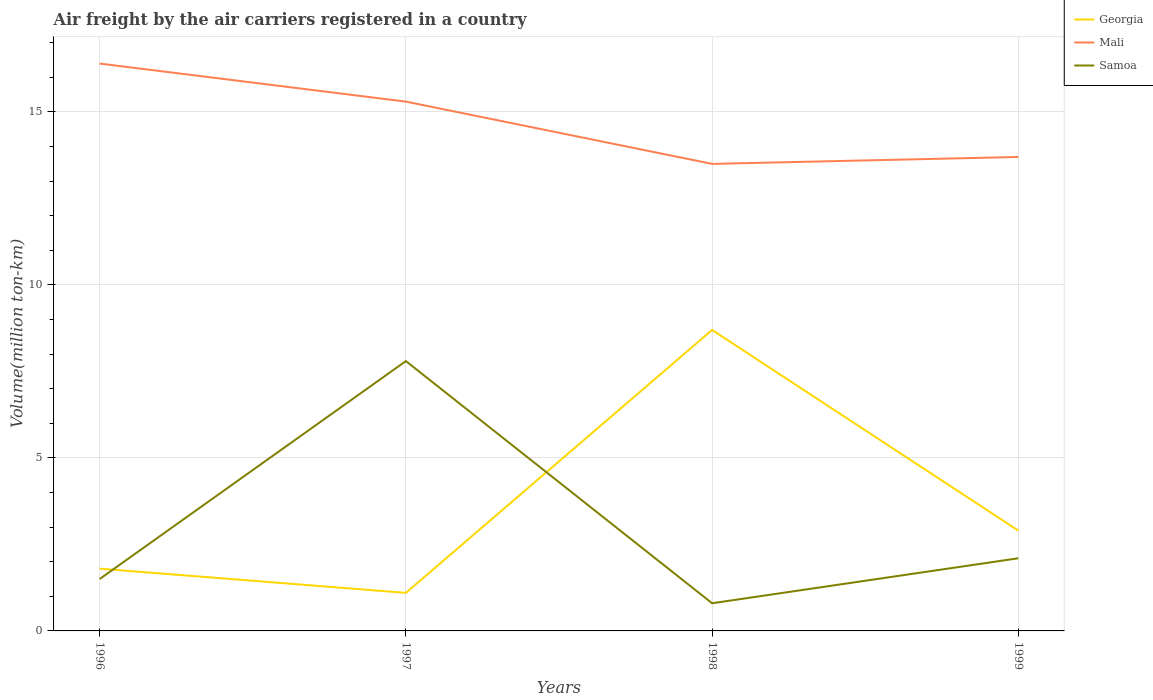
| Years | Georgia | Mali | Samoa |
 | --- | --- | --- | --- |
 | 1996 | 1.8 | 16.4 | 1.5 |
 | 1997 | 1.1 | 15.3 | 7.8 |
 | 1998 | 8.7 | 13.5 | 0.8 |
 | 1999 | 2.9 | 13.7 | 2.1 |